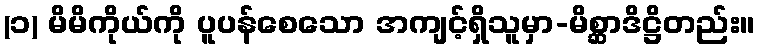
(၁) မိမိကိုယ်ကို ပူပန်စေသော အကျင့်ရှိသူမှာ-မိစ္ဆာဒိဋ္ဌိတည်း။